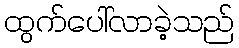
ထွက်ပေါ်လာခဲ့သည်